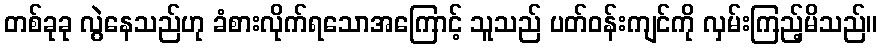
တစ်ခုခု လွဲနေသည်ဟု ခံစားလိုက်ရသောအကြောင့် သူသည် ပတ်ဝန်းကျင်ကို လှမ်းကြည့်မိသည်။